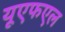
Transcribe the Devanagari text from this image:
यूएफएल